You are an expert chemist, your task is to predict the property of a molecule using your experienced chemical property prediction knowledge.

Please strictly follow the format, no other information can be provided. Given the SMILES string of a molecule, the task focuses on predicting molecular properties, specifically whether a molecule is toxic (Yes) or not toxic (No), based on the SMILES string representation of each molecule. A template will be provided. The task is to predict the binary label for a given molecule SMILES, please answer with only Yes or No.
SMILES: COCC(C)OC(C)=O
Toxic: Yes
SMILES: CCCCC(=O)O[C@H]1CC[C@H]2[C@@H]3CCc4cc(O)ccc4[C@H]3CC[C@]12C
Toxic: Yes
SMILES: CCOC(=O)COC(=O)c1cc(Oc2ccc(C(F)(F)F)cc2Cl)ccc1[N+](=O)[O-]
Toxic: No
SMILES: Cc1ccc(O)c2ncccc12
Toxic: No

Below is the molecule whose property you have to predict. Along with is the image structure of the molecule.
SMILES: CCC[N+]1(C)CCCC1
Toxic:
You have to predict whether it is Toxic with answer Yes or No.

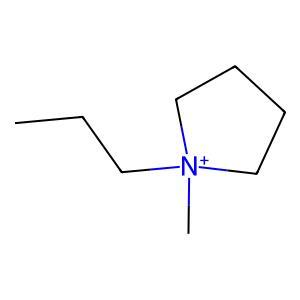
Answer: No